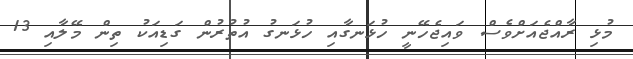
މުޅި ރާއްޖެއަށްވެސް ވައިޖެހޭނީ ހުޅަނގާއި ހުޅަނގު އުތުރުން ގަޑިއަކު ތިން މޭލާއި 13